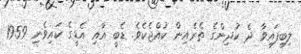
ލިބިފައިވާ ދެ ކުދިންގެ ތެރެއިން ކުއްޖެކެވެ. ޑެބީ އާއި އެޑީގެ ކައިވެނި 1959